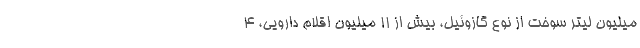
میلیون لیتر سوخت از نوع گازوئیل، بیش از 11 میلیون اقلام دارویی، 4